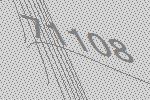
71108